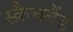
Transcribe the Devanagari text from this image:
स्क्रैचबैंड